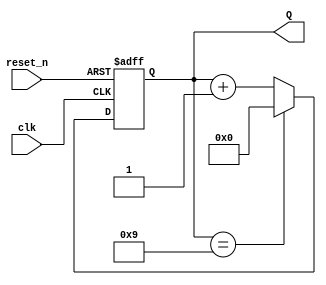
module decade_async_counter (
    input wire clk,      // Input clock signal
    input wire reset_n,  // Active low reset signal
    output reg [3:0] Q   // 4-bit output representing the counter value
);

// Asynchronous reset and counting logic
always @(posedge clk or negedge reset_n) begin
    if (!reset_n) begin
        Q <= 4'b0000; // Reset the counter to 0
    end else begin
        if (Q == 4'b1001) begin
            Q <= 4'b0000; // Reset to 0 when counter reaches 10 (1010)
        end else begin
            Q <= Q + 1; // Increment the counter
        end
    end
end

endmodule